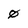
Character: 0